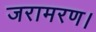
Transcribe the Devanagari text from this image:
जरामरण।